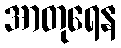
အာတုရေန